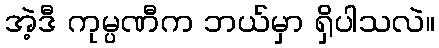
အဲ့ဒီ ကုမ္ပဏီက ဘယ်မှာ ရှိပါသလဲ။